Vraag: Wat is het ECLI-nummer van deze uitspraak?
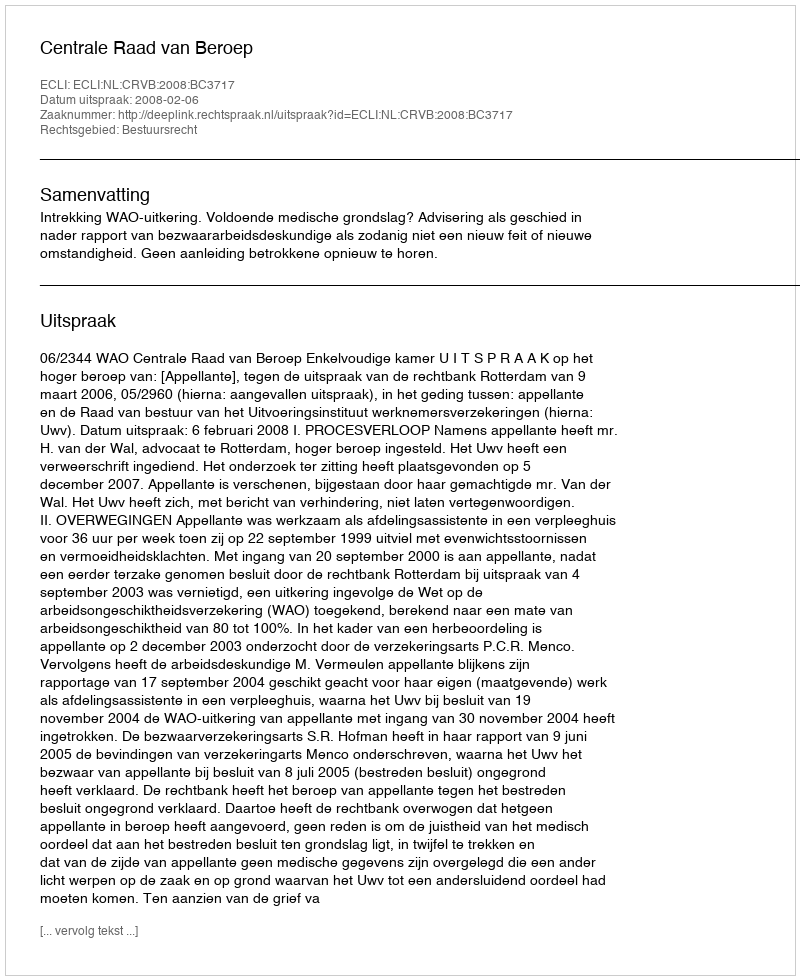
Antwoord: ECLI:NL:CRVB:2008:BC3717